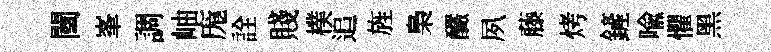
闉峯調岫庬詮賤樸追旌梟釅夙藤烤鏟喩懼黑